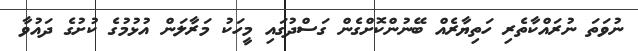
ނުވަތަ ނުރައްކާތެރި ހަތިޔާރެއް ބޭނުންކޮށްގެން ގަސްދުގައި މީހަކު މަރާލަން އުޅުމުގެ ކުށުގެ ދައުވާ